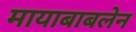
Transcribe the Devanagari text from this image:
मायाबाबलेन